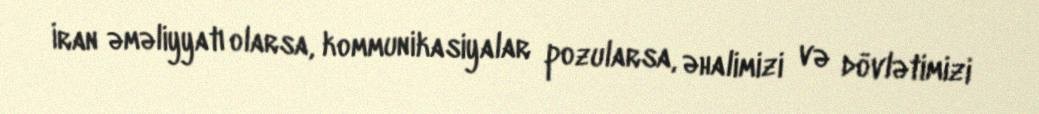
İran əməliyyatı olarsa, kommunikasiyalar pozularsa, əhalimizi və dövlətimizi